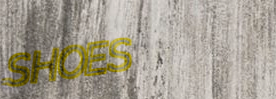
SHOES